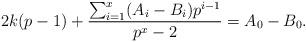
LaTeX: \begin{align*}2k(p-1) + \frac{\sum_{i=1}^x (A_i - B_i)p^{i-1}}{p^x-2} = A_0 - B_0.\end{align*}